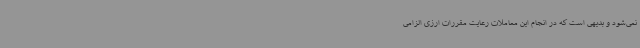
نمی‌شود و بدیهی است که در انجام این معاملات رعایت مقررات ارزی الزامی